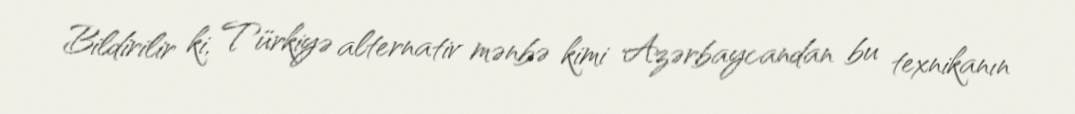
Bildirilir ki, Türkiyə alternativ mənbə kimi Azərbaycandan bu texnikanın